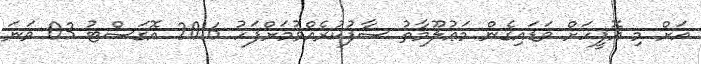
އަށް މި އޮފީހަށް ވަޑައިގެން މަޢުލޫމާތު ސާފުކުރެއްވުމަށްފަހު 2016 އޮގަސްޓު 03 ވަނަ